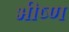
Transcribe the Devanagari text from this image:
भीष्ण